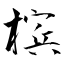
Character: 槟